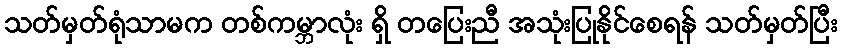
သတ်မှတ်ရုံသာမက တစ်ကမ္ဘာလုံး ရှိ တပြေးညီ အသုံးပြုနိုင်စေရန် သတ်မှတ်ပြီး